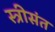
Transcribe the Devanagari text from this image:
स्त्रीसंत